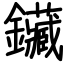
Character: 鑶